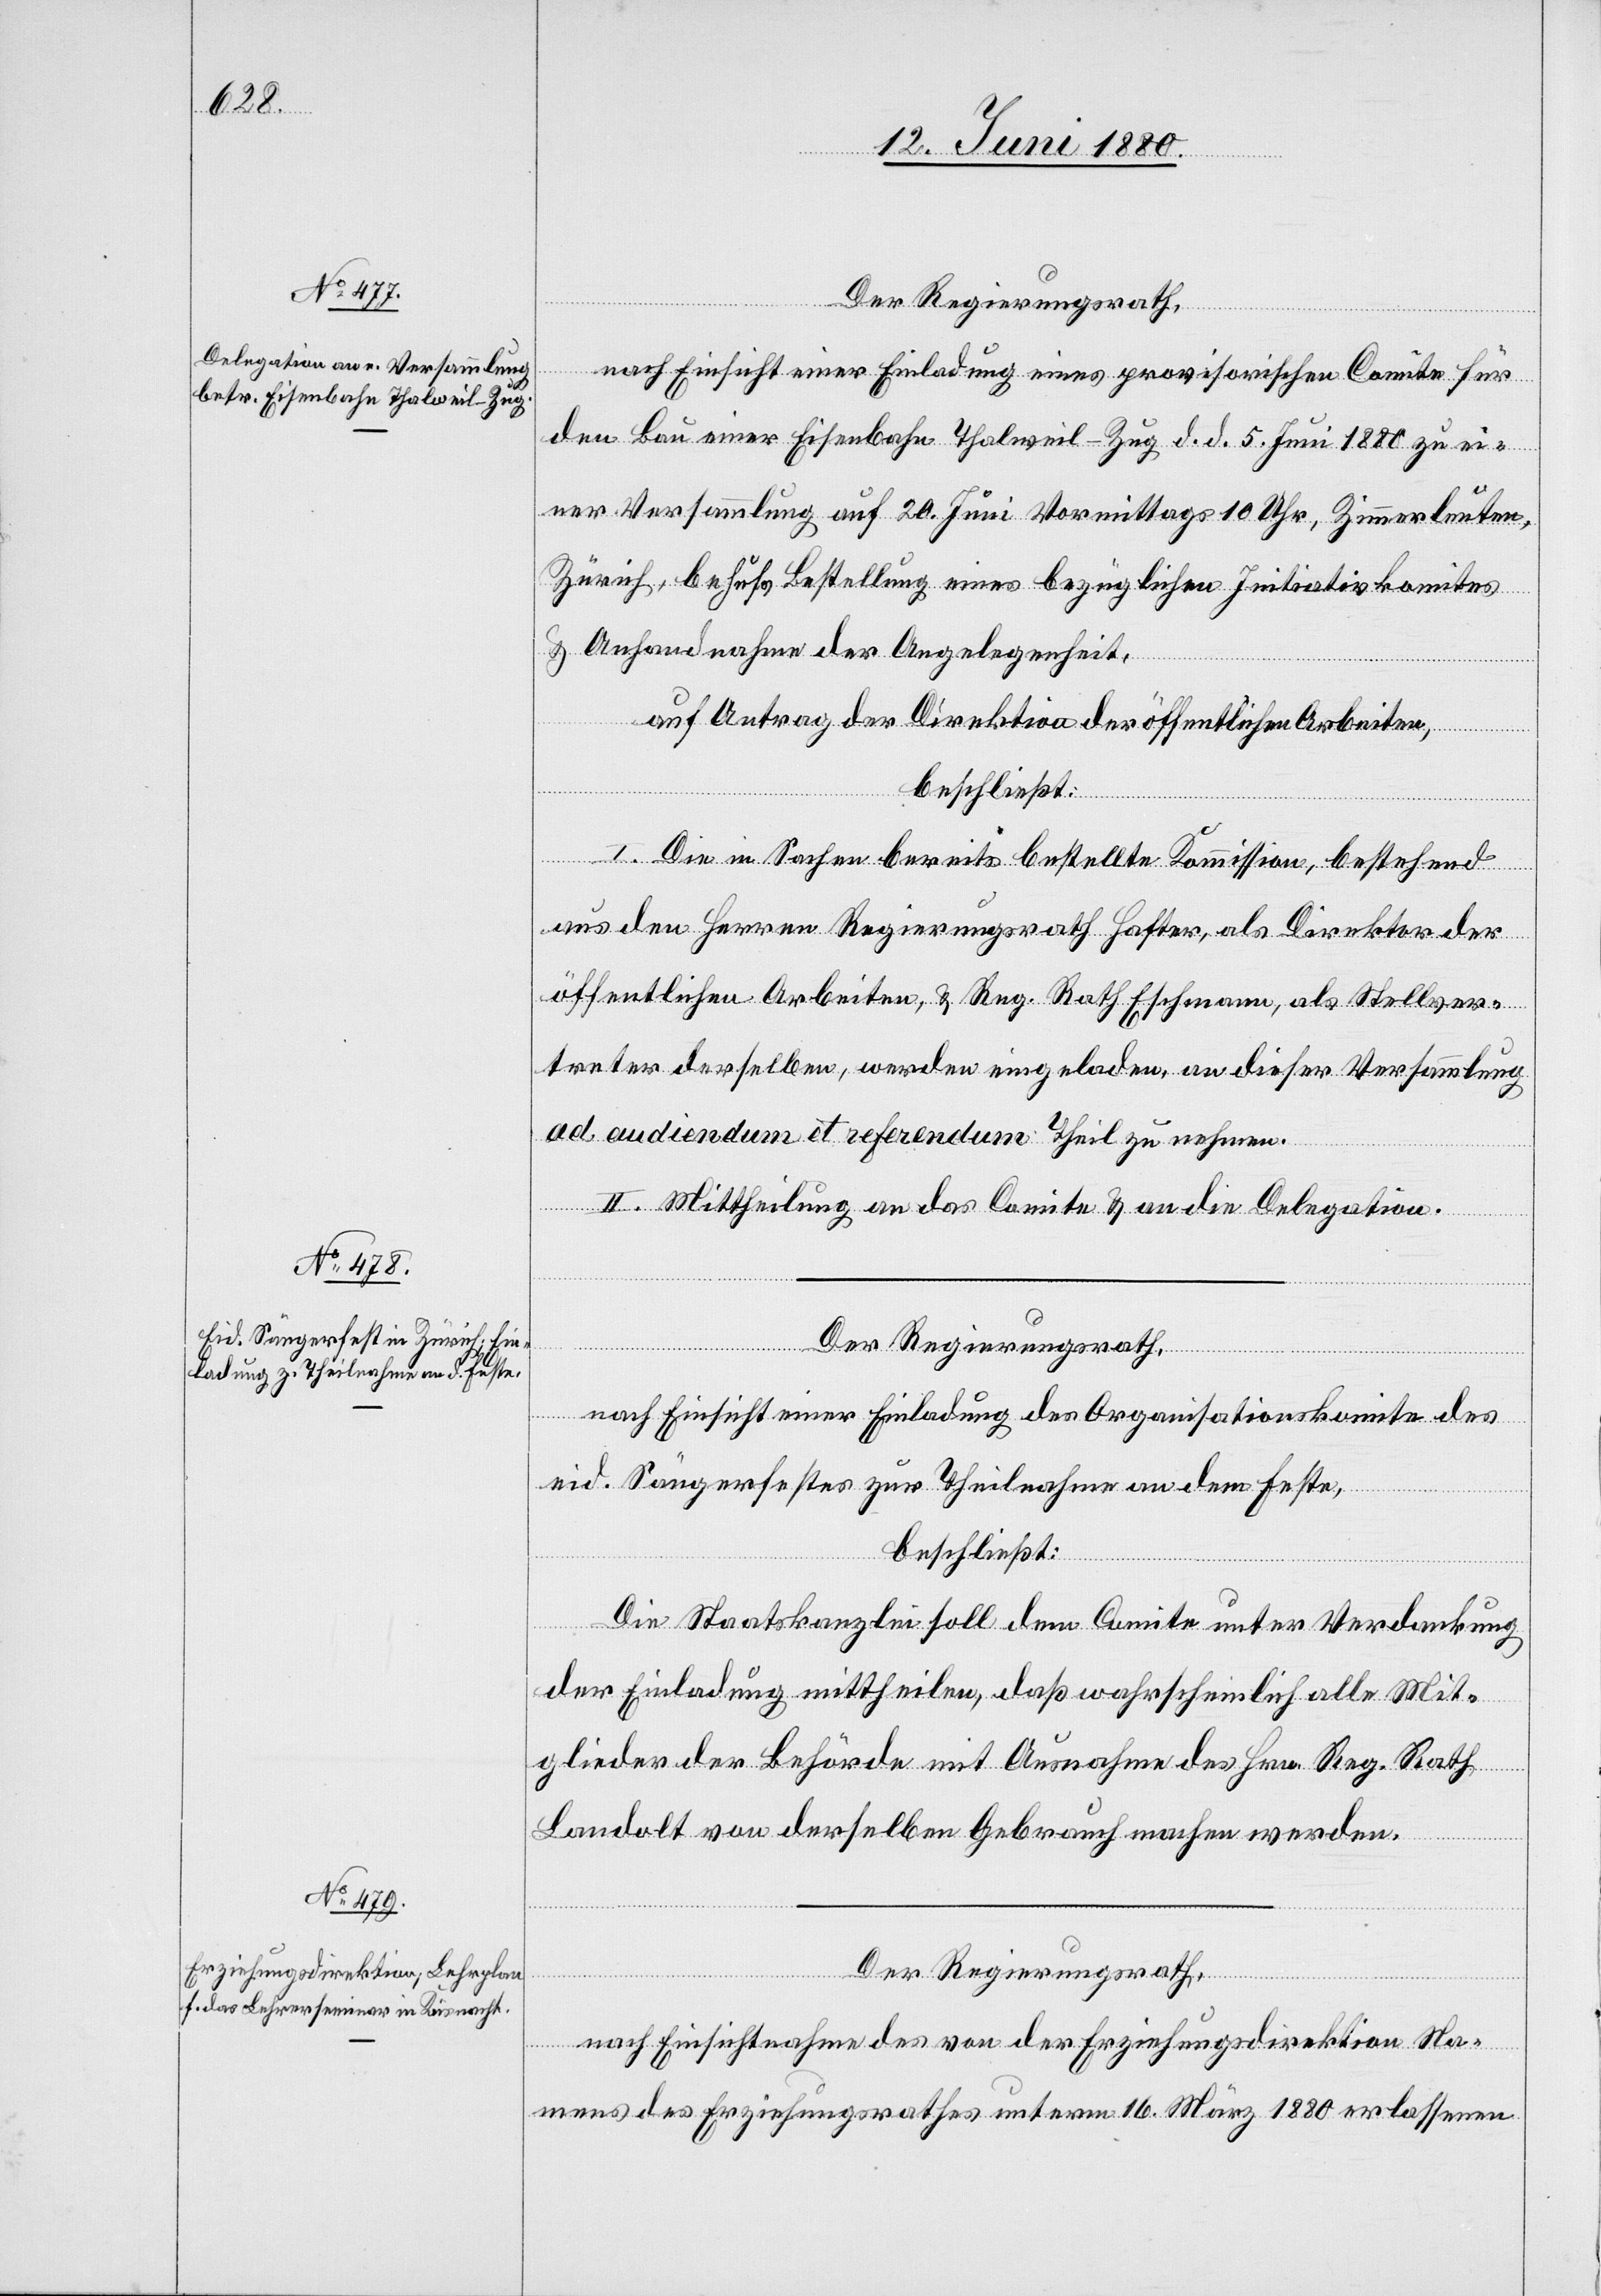
Der Regierungsrath,
nach Einsicht einer Einladung eines provisorischen Comite für
den Bau einer Eisenbahn Thalweil–Zug d. d. 5. Juni 1880 zu ei¬
ner Versammlung auf 20. Juni Vormittags 10 Uhr, Zimmerleuten,
Zürich, behufs Bestellung eines bezüglichen Initiativkomites
& Anhandnahme der Angelegenheit,
auf Antrag der Direktion der öffentlichen Arbeiten,
beschließt:
I. Die in Sachen bereits bestellte Kommission, bestehend
aus den Herren Regierungsrath Hafter, als Direktor der
öffentlichen Arbeiten, & Reg. Rath Eschmann, als Stellver¬
treter derselben, werden eingeladen, an dieser Versammlung
ad audiendum et referendum Theil zu nehmen.
II. Mittheilung an das Comite & an die Delegation.
Der Regierungsrath,
nach Einsicht einer Einladung des Organisationskomite des
eid. Sängerfestes zur Theilnahme an dem Feste,
beschließt:
Die Staatskanzlei soll dem Comite unter Verdankung
der Einladung mittheilen, daß wahrscheinlich alle Mit¬
glieder der Behörde mit Ausnahme des Hrn. Reg. Rath
Landolt von derselben Gebrauch machen werden.
Der Regierungsrath,
nach Einsichtnahme des von der Erziehungsdirektion Na¬
mens des Erziehungsrathes unterm 16. März 1880 erlassenen